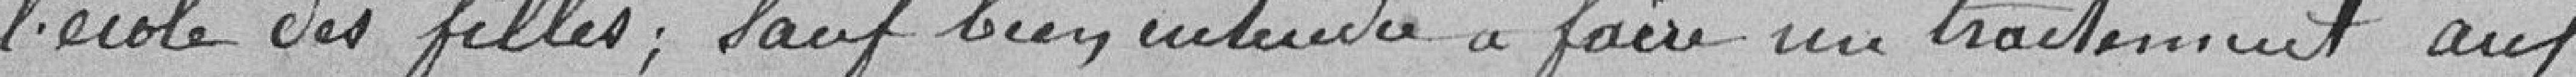
l'école des filles ; sauf bien entendu à faire un traitement aux